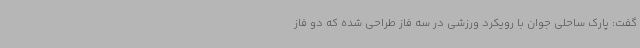
گفت: پارک ساحلی جوان با رویکرد ورزشی در سه فاز طراحی شده که دو فاز